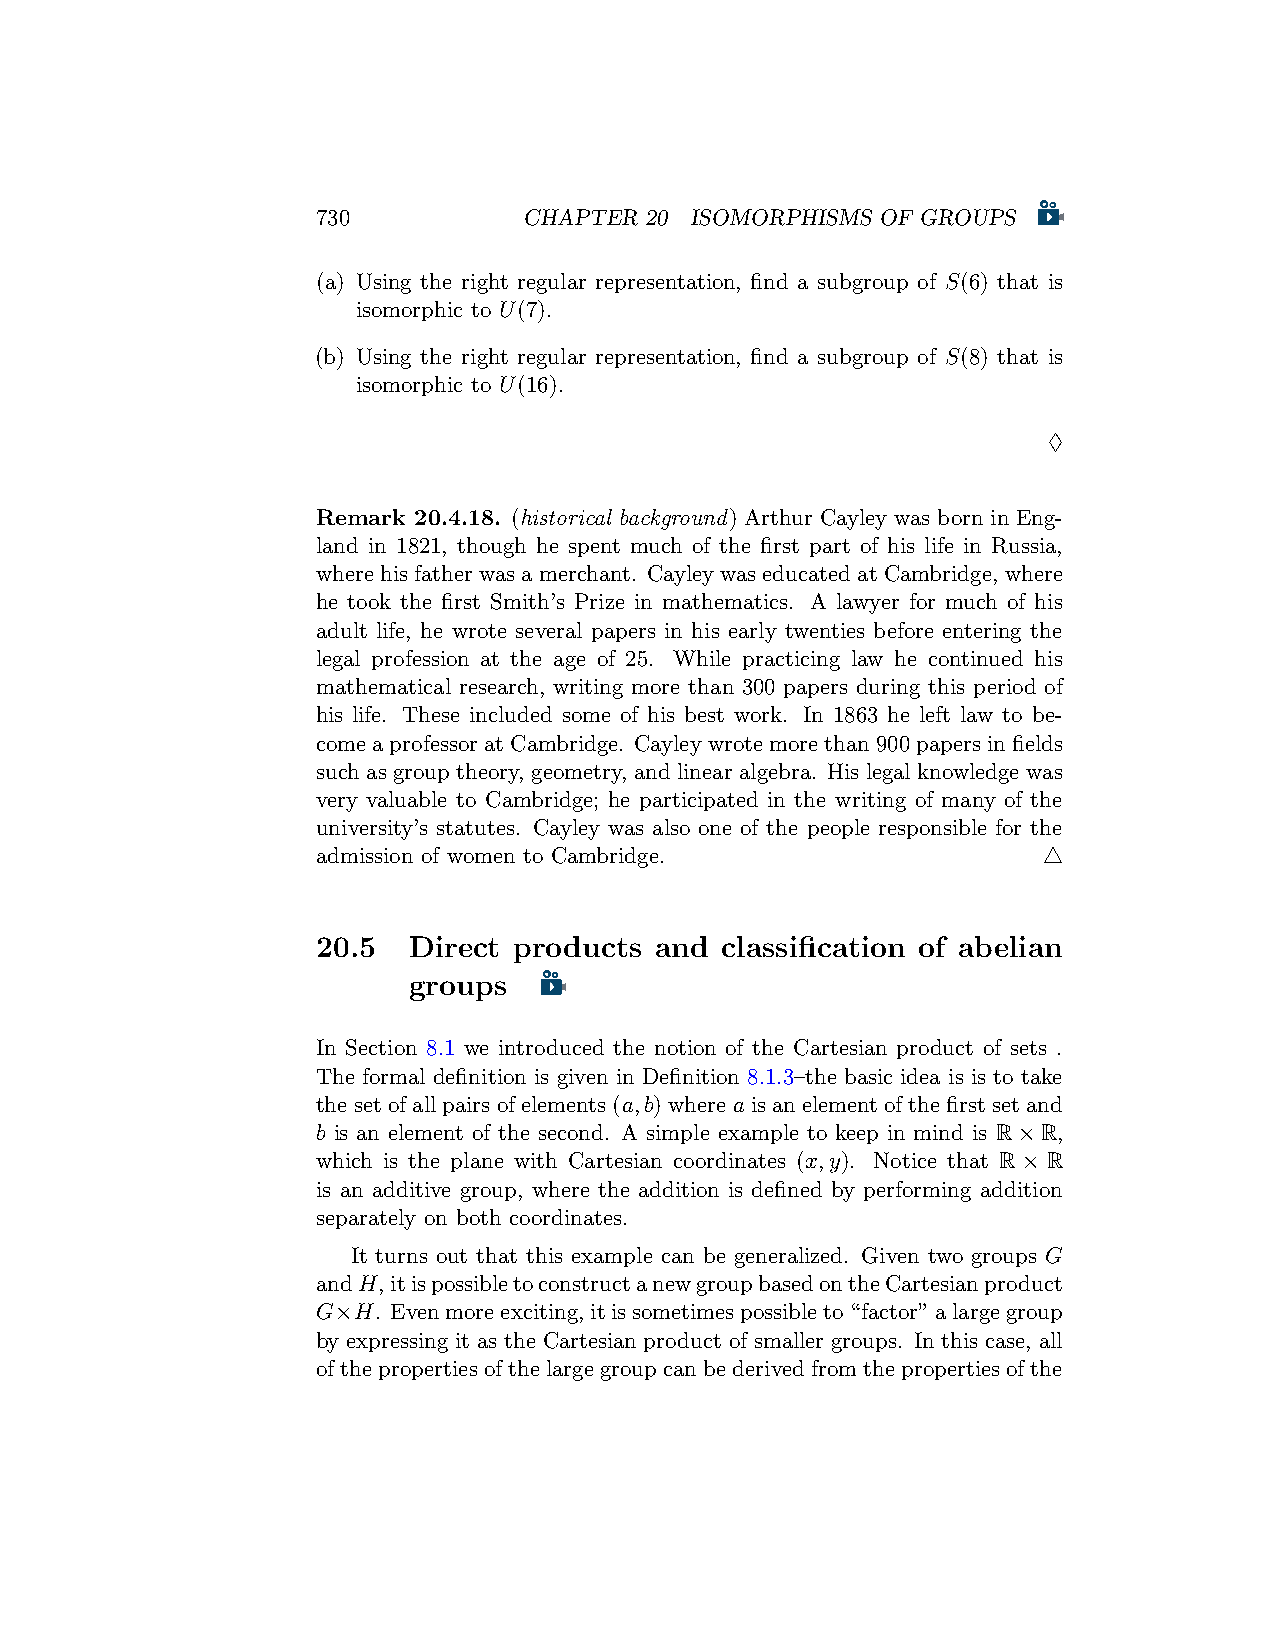
730           CHAPTER 20 ISOMORPHISMS OF GROUPS
 (a) Using the right regular representation, find a subgroup of S(6) that is
 isomorphic to U(7).
 (b) Using the right regular representation, find a subgroup of S(8) that is
 isomorphic to U(16).
 ♢
 Remark 20.4.18. (historical background) Arthur Cayley was born in Eng-
 land in 1821, though he spent much of the first part of his life in Russia,
 wherehisfatherwasamerchant. CayleywaseducatedatCambridge, where
 he took the first Smith’s Prize in mathematics. A lawyer for much of his
 adult life, he wrote several papers in his early twenties before entering the
 legal profession at the age of 25. While practicing law he continued his
 mathematical research, writing more than 300 papers during this period of
 his life. These included some of his best work. In 1863 he left law to be-
 comeaprofessoratCambridge. Cayleywrotemorethan900papersinfields
 such as group theory, geometry, and linear algebra. His legal knowledge was
 very valuable to Cambridge; he participated in the writing of many of the
 university’s statutes. Cayley was also one of the people responsible for the
 admission of women to Cambridge.                △
 20.5  Direct products and  classification of abelian
 groups
 In Section 8.1 we introduced the notion of the Cartesian product of sets .
 The formal definition is given in Definition 8.1.3–the basic idea is is to take
 thesetofallpairsofelements(a,b)whereaisanelementofthefirstsetand
 b is an element of the second. A simple example to keep in mind is R×R,
 which is the plane with Cartesian coordinates (x,y). Notice that R × R
 is an additive group, where the addition is defined by performing addition
 separately on both coordinates.
 It turns out that this example can be generalized. Given two groups G
 andH,itispossibletoconstructanewgroupbasedontheCartesianproduct
 G×H. Evenmoreexciting,itissometimespossibleto“factor”alargegroup
 by expressing it as the Cartesian product of smaller groups. In this case, all
 ofthepropertiesofthelargegroupcanbederivedfromthepropertiesofthe